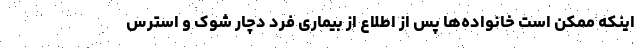
اینکه ممکن است خانواده‌ها پس از اطلاع از بیماری فرد دچار شوک و استرس